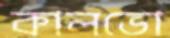
কালভো